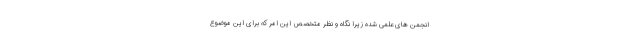
انجمن های علمی شده زیرا نگاه و نظر متخصص این امر که برای این موضوع